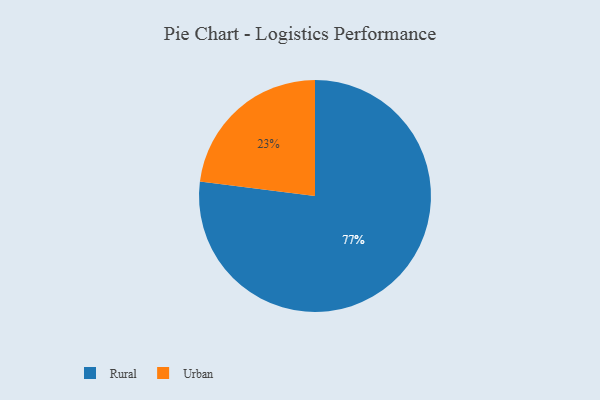
{"axis": {"x": "Category", "y": "Percentage"}, "legend": ["Rural", "Urban"], "data": [{"x": "Rural", "y": 77, "type": "Rural"}, {"x": "Urban", "y": 23, "type": "Urban"}]}